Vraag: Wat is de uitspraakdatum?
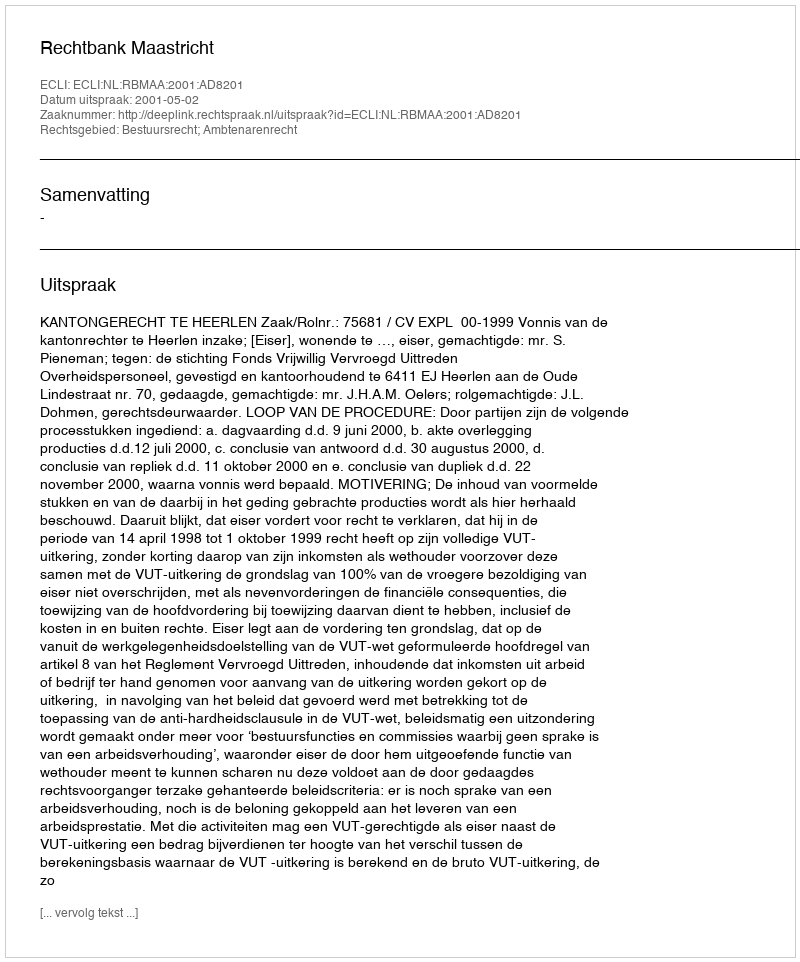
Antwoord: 2001-05-02